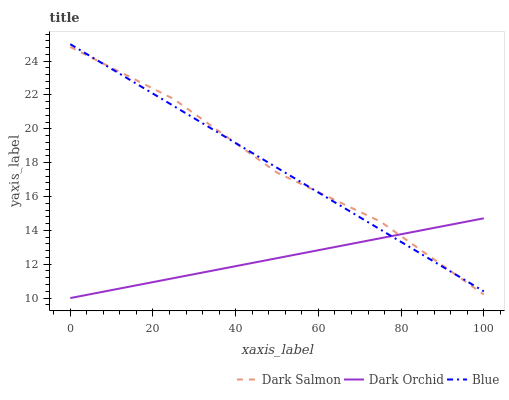
| xaxis_label | Dark Salmon | Dark Orchid | Blue |
 | --- | --- | --- | --- |
 | 0 | 24.8 | 10 | 25 |
 | 25 | 21.8 | 11.2 | 21.3 |
 | 50 | 17.4 | 12.4 | 17.7 |
 | 75 | 14.5 | 13.5 | 14 |
 | 100 | 10.2 | 14.7 | 10.4 |